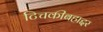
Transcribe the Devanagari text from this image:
टिचकीबहाद्दर